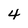
Character: 4